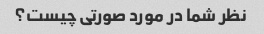
نظر شما در مورد صورتی چیست؟